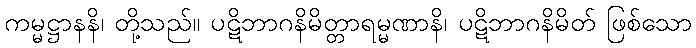
ကမ္မဋ္ဌာနနိ၊ တို့သည်။ ပဋိဘာဂနိမိတ္တာရမ္မဏာနိ၊ ပဋိဘာဂနိမိတ် ဖြစ်သော